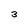
Character: 3